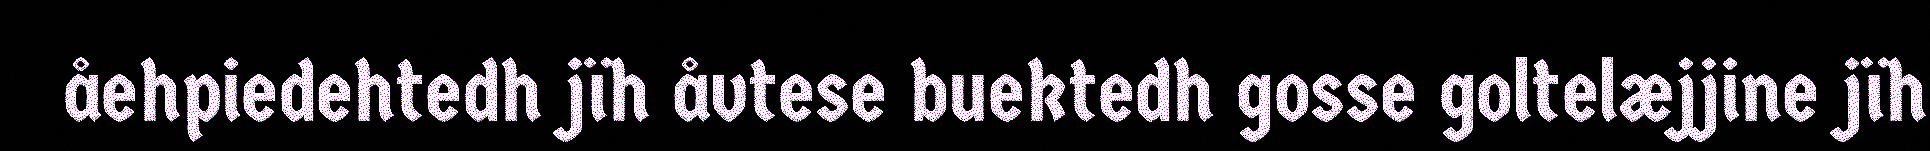
åehpiedehtedh jïh åvtese buektedh gosse goltelæjjine jïh